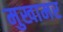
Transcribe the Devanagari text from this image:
मुखामर